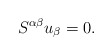
\begin{align*}S^{\alpha\beta}u_{\beta}=0. \end{align*}